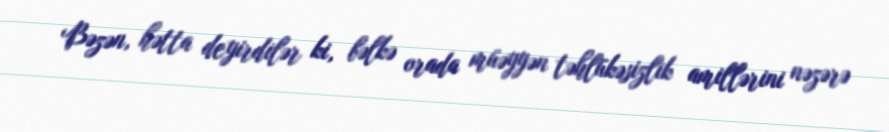
Bəzən, hətta deyirdilər ki, bəlkə orada müəyyən təhlükəsizlik amillərini nəzərə